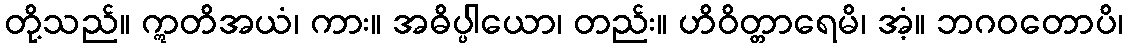
တို့သည်။ ဣတိအယံ၊ ကား။ အဓိပ္ပါယော၊ တည်း။ ဟိဝိတ္တာရေမိ၊ အံ့။ ဘဂဝတောပိ၊